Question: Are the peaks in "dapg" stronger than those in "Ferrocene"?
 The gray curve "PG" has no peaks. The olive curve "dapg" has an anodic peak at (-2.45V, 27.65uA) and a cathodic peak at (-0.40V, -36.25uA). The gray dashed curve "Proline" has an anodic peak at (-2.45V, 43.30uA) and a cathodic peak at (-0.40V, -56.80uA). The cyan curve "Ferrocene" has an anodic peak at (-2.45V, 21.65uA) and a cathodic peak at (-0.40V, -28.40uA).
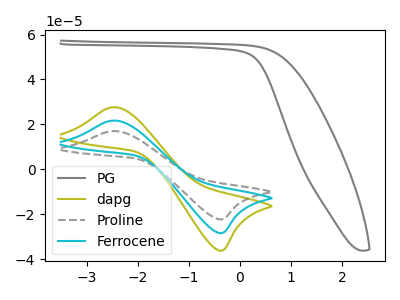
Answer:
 <answer>Every peak in "dapg" is higher than every peak in "Ferrocene".</answer>
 <eval>higher</eval>